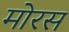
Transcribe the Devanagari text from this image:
मोरस